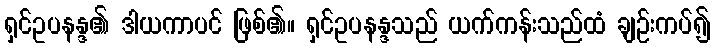
ရှင်ဥပနန္ဒ၏ ဒါယကာပင် ဖြစ်၏။ ရှင်ဥပနန္ဒသည် ယက်ကန်းသည်ထံ ချဉ်းကပ်၍